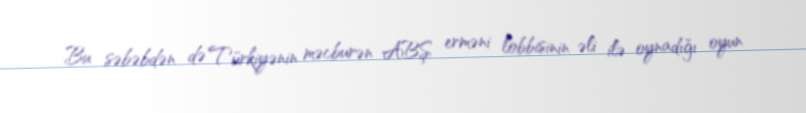
Bu səbəbdən də Türkiyənin məcburən ABŞ erməni lobbisinin əli ilə oynadığı oyun